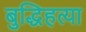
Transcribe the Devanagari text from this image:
बुद्धिहत्या